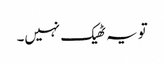
تو یہ ٹھیک نہیں۔